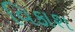
વિકાશ